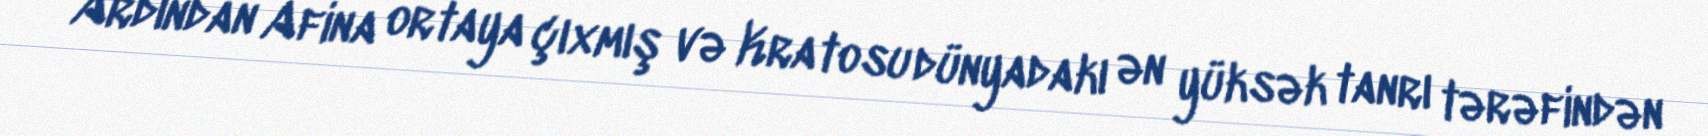
Ardından Afina ortaya çıxmış və Kratosu dünyadakı ən yüksək tanrı tərəfindən